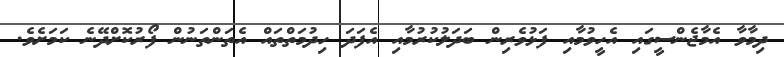
ދިމާވާ އެމާޖެންސީގައި އެހީވުމާއި ފަޅުވެރިން ބަދަލުކުރުމާއި އެފަދަ ހިދުމަތްތައް އެތަންތަނުން ފޯރުކޮށްދޭނެ ކަމަށެވެ.